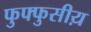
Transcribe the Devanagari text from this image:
फुफ्फुसीय़